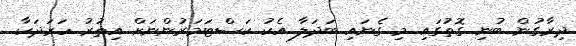
ދިރާގުން ބުނި ގޮތުގައި މި ގެނައި ބަދަލާ އެކު ކަސްޓަމަރުންނަށް އިތުރު ހަރަދަކާ